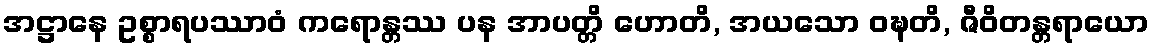
အဋ္ဌာနေ ဥစ္စာရပဿာဝံ ကရောန္တဿ ပန အာပတ္တိ ဟောတိ, အယသော ဝဍ္ဎတိ, ဇီဝိတန္တရာယော